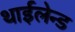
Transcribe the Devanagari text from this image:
थाईलेन्ड